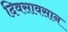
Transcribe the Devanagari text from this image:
दिवसावसान